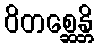
ဝိတစ္ဆေန္တိ